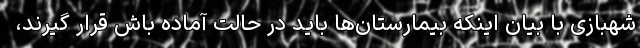
شهبازی با بیان اینکه بیمارستان‌ها باید در حالت آماده باش قرار گیرند،